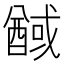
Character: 䤋